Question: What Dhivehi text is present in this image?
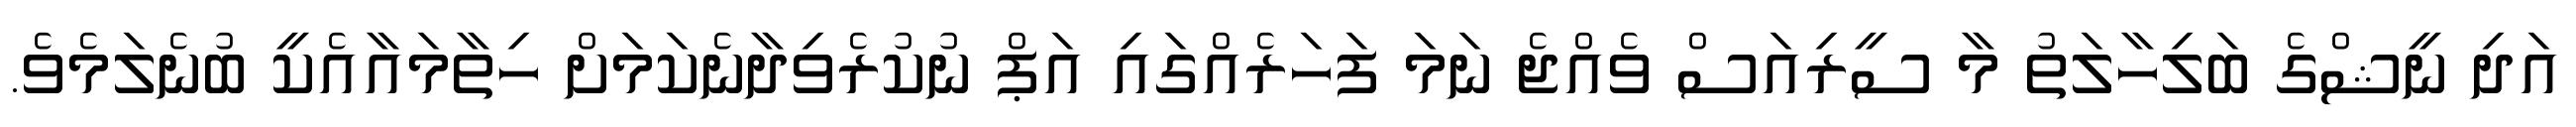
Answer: އަދި ނީޝްގެ ބަލިހާލަތު މާ ސީރިއަސް ވެއްޖެ ނަމަ ފަހަރެއްގައި އަޕް ނުކުރެވިދާނެކަމަށް ހިތާމައާއެކީ ބުނެލަމެވެ.